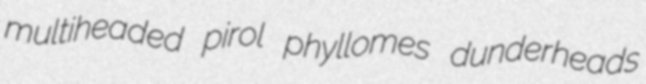
multiheaded pirol phyllomes dunderheads